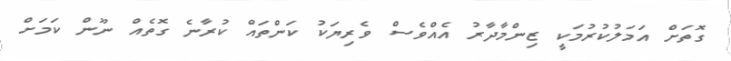
ގޮތަށް އަމަލުކުރުމަކީ ޒިންމާދާރު އެއްވެސް ވެރިޔަކު ކަންތައް ކުރާނެ ގޮތެއް ނޫން ކަމަށް